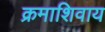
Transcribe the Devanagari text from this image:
क्रमाशिवाय